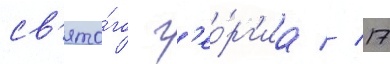
св'ято́го г'ео́рг'иа // 17